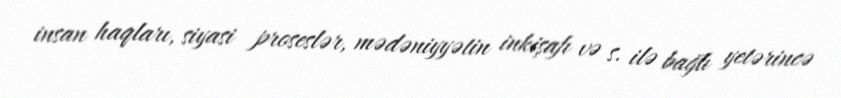
insan haqları, siyasi proseslər, mədəniyyətin inkişafı və s. ilə bağlı yetərincə